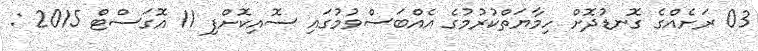
03 ރަށެއްގެ ގޮނޑުދޮށް ހިމާޔަތްކުރުމުގެ އެއްބަސްވުމުގައި ސޮއިކޮށްފި 11 އޮގަސްޓް 2015 :